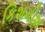
કિશમીશ